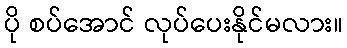
ပို စပ်အောင် လုပ်ပေးနိုင်မလား။